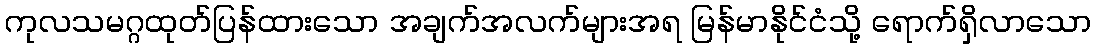
ကုလသမဂ္ဂထုတ်ပြန်ထားသော အချက်အလက်များအရ မြန်မာနိုင်ငံသို့ ရောက်ရှိလာသော